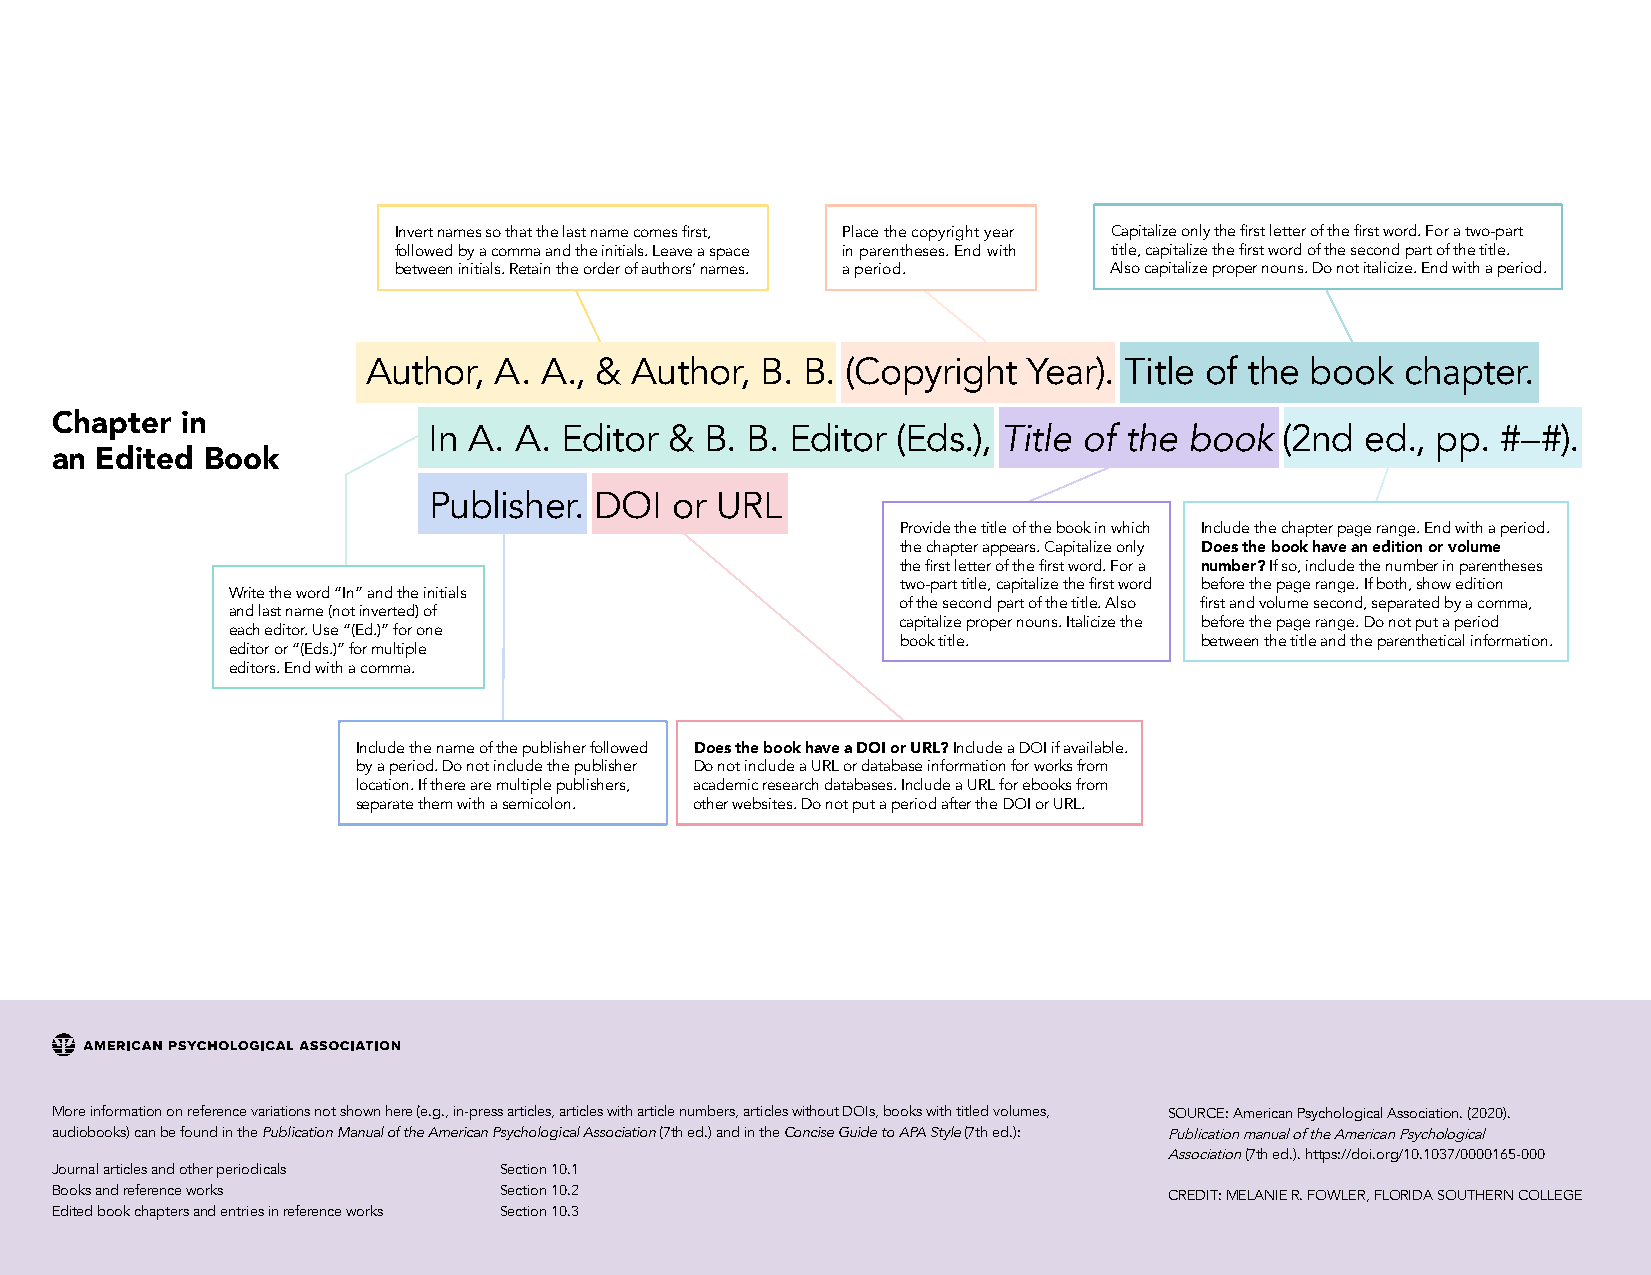
Invert names so that the last name comes first, Place the copyright year Capitalize only the first letter of the first word. For a two-part
 followed by a comma and the initials. Leave a space in parentheses. End with title, capitalize the first word of the second part of the title.
 between initials. Retain the order of authors’ names. a period. Also capitalize proper nouns. Do not italicize. End with a period.
 Author,  A. A., & Author, B. B. (Copyright  Year). Title of the book chapter.
 Chapter  in
 In A. A. Editor &  B. B. Editor (Eds.), Title of the book (2nd ed., pp. #–#).
 an Edited Book
 Publisher. DOI  or URL
 Provide the title of the book in which Include the chapter page range. End with a period.
 the chapter appears. Capitalize only Does the book have an edition or volume
 the first letter of the first word. For a number? If so, include the number in parentheses
 two-part title, capitalize the first word before the page range. If both, show edition
 Write the word “In” and the initials
 of the second part of the title. Also first and volume second, separated by a comma,
 and last name (not inverted) of
 capitalize proper nouns. Italicize the before the page range. Do not put a period
 each editor. Use “(Ed.)” for one
 book title.        between the title and the parenthetical information.
 editor or “(Eds.)” for multiple
 editors. End with a comma.
 Include the name of the publisher followed Does the book have a DOI or URL? Include a DOI if available.
 by a period. Do not include the publisher Do not include a URL or database information for works from
 location. If there are multiple publishers, academic research databases. Include a URL for ebooks from
 separate them with a semicolon. other websites. Do not put a period after the DOI or URL.
 More information on reference variations not shown here (e.g., in-press articles, articles with article numbers, articles without DOIs, books with titled volumes, SOURCE: American Psychological Association. (2020).
 audiobooks) can be found in the Publication Manual of the American Psychological Association (7th ed.) and in the Concise Guide to APA Style (7th ed.): Publication manual of the American Psychological
 Association (7th ed.). https://doi.org/10.1037/0000165-000
 Journal articles and other periodicals Section 10.1
 Books and reference works     Section 10.2                                CREDIT: MELANIE R. FOWLER, FLORIDA SOUTHERN COLLEGE
 Edited book chapters and entries in reference works Section 10.3